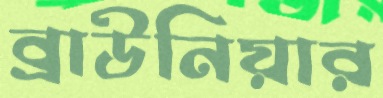
ব্রাউনিয়ার